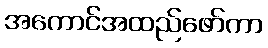
အကောင်အထည်ဖော်ကာ